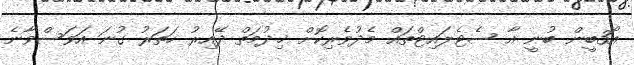
އޯ3ބީން ބުނީ އާ ސެޓެލައިޓްތައް މެދުވެރިކޮށް ޚިދުމަތް ދޭއިރު ހަތަރު ގުނަ އަވަސްވާނެ